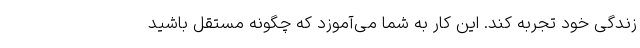
زندگی خود تجربه کند. این کار به شما می‌آموزد که چگونه مستقل باشید